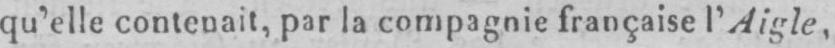
qu’elle contenait, par la compagnie française l’Aigle,